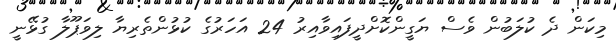
މިކަން ދެ ކުލަބުން ވެސް ޔަގީންކޮށްދީފައިވާއިރު 24 އަހަރުގެ ކުޅުންތެރިޔާ ލިވަޕޫލާ ގުޅޭނީ